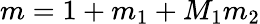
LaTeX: m=1+m_{1}+M_{1}m_{2}